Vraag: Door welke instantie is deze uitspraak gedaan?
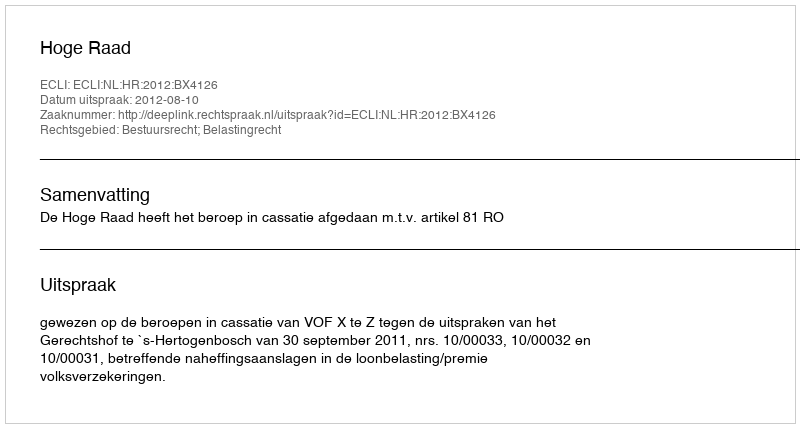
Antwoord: Hoge Raad